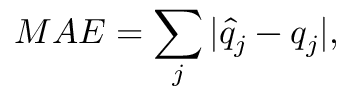
M A E = \sum _ { j } | \hat { q } _ { j } - q _ { j } | ,